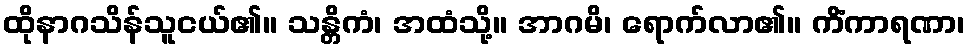
ထိုနာဂသိန်သူငယ်၏။ သန္တိကံ၊ အထံသို့။ အာဂမိ၊ ရောက်လာ၏။ ကိံကာရဏာ၊